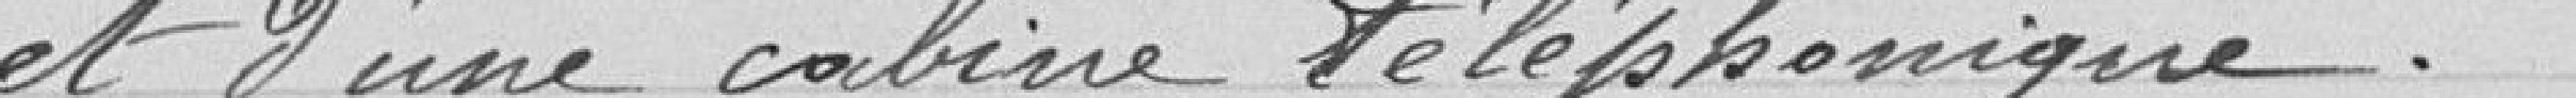
et d'une cabine téléphonique.